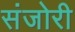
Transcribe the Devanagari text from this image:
संजोरी